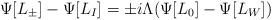
LaTeX: \begin{align*}\Psi[L_\pm] -\Psi[L_I] =\pm i \Lambda ( \Psi[L_0]- \Psi[L_W])\end{align*}